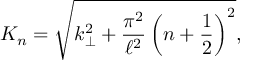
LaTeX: K _ { n } = \sqrt { k _ { \bot } ^ { 2 } + \frac { \pi ^ { 2 } } { \ell ^ { 2 } } \left( n + \frac { 1 } { 2 } \right) ^ { 2 } } ,